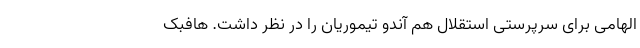
الهامی برای سرپرستی استقلال هم آندو تیموریان را در نظر داشت. هافبک